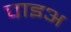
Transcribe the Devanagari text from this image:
पाइअ